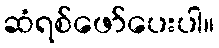
ဆံရစ်ဖော်ပေးပါ။